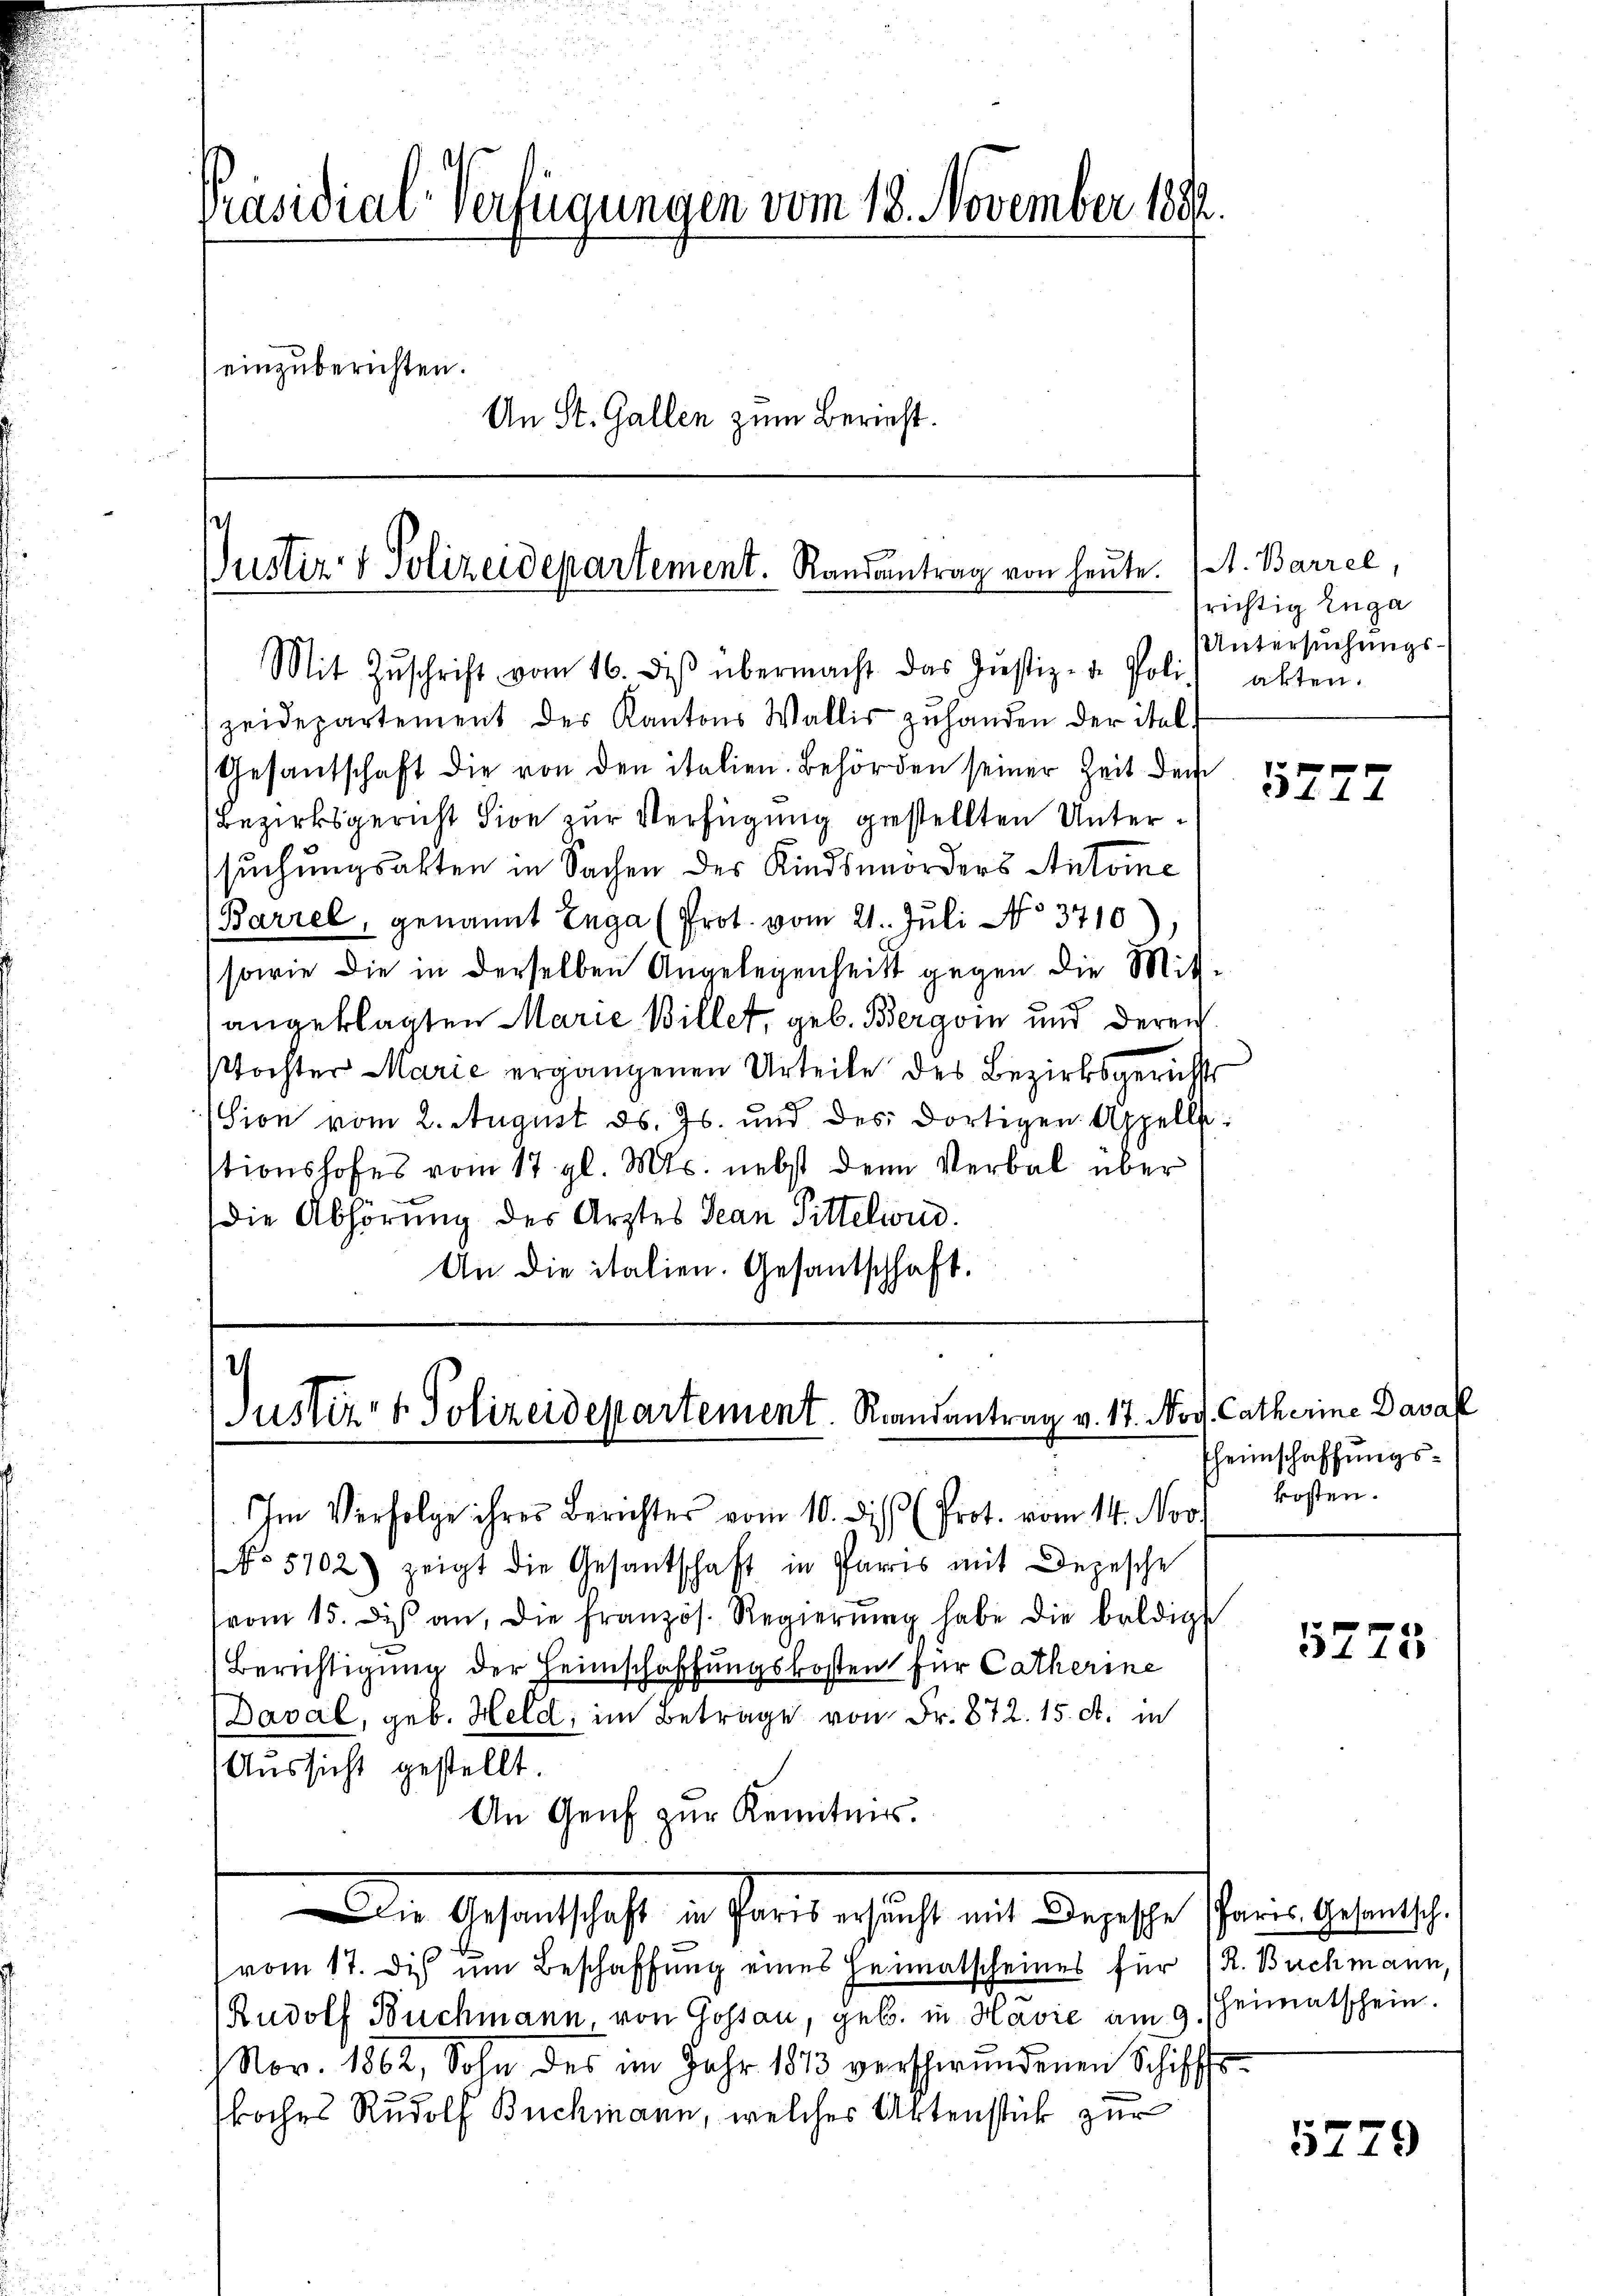
Präsidial-Verfügungen vom 18. November 1882
einzuberichten.
An St. Gallen zum Bericht.

Justiz- & Polizeidepartement. Randantrag von heute.

Justiz- & Polizeidepartement. Randantrag v. 17. Nov. Catherine Daval

Mit Zŭschrift vom 16. des übermacht das Justiz- u. Poli alten.
zeidepartement der Kantons Wallis zuhanden der ital
Gesantschaft die von den italien. Behörden seiner Zeit dem
Bezirksgericht sion zur Verfügung gestellten Untersuchungsakten in Sachen des Kindsmorders Antoine
(Barzel, genannt Enga (Prot. vom 21. Juli No 3710),
sowie die in derselben Angelegenheit gegen die Mit-
angeklagten Marie Billet, geb. Bergoin und deren
stochter Marie ergangenen Urteile des Bezirksgerichts
sion vom 2. August ds. Js. und des dortigen Appelle:
stionshofes vom 17. gl. Mts. nebst den Verbal über
die Abhörung des Arztes Jean Pittelii.
An die italien. Gesantschaft.

Im Verfolge ihrer Berichtes vom 10. dis (Prot. vom 14. Nov. kosten.
No 5702) zeigt die Gesantschaft in Paris mit Depesche
vom 15. des an, die französ. Regierŭng habe die baldigst
Berichtigung der Heimschaffungskosten für Catherine
Daval, geb. Held, im Betrage von Fr. 872. 15. d. in
Aussicht gestellt.
An Genf zur Kenntnis.
Die Gesandschaft in Parte schrift mit dersehe scheine gebrauch
vom 17. Dis um Beschaffung eines Heimatscheines für R. Buchmann,
Rudolf Buchmann, von Gossau, geb. in Havić am 9. Heimatschein.
Nov. 1862, Sohn des im Jahr 1813 verschwundenen Schiffs
oches Rudolf Buchmann, welches Aktenstück zur

t. Barrel,
frichtig Enga
Untersuchungs¬

5777

Eheimschaffungs¬

5275

5779